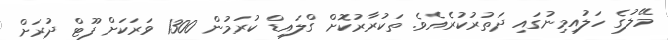
މޭލުގެ ހަލުއިމިނުގައި ދަތުރުކުރެއެވެ. ތަކުރާރުކޮށް ގްލައިޑް ކުރަމުން 1300 ވަރަކަށް ފޫޓް ދުރަށް